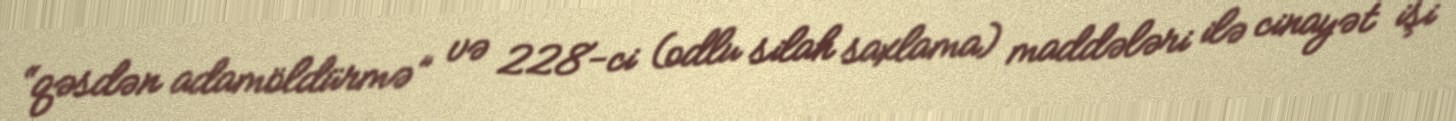
“qəsdən adamöldürmə” və 228-ci (odlu silah saxlama) maddələri ilə cinayət işi